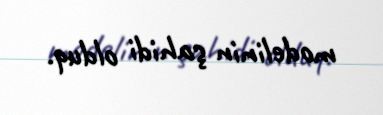
modelinin şahidi olduq.